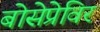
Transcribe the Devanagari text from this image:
बोसेप्रेविर